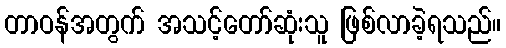
တာဝန်အတွက် အသင့်တော်ဆုံးသူ ဖြစ်လာခဲ့ရသည်။